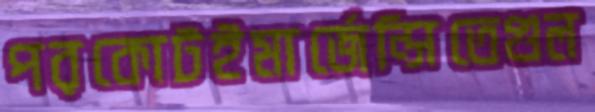
পরকোটইমার্জেন্সিতেগুল